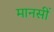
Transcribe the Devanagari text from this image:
मानसीं